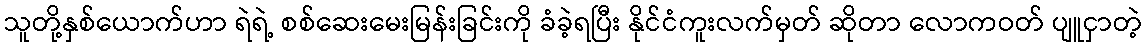
သူတို့နှစ်ယောက်ဟာ ရဲရဲ့ စစ်ဆေးမေးမြန်းခြင်းကို ခံခဲ့ရပြီး နိုင်ငံကူးလက်မှတ် ဆိုတာ လောကဝတ် ပျူငှာတဲ့